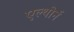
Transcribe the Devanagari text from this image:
एल्थोर्न